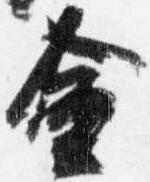
金